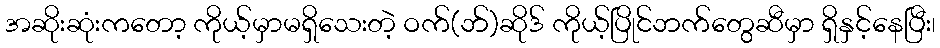
အဆိုးဆုံးကတော့ ကိုယ့်မှာမရှိသေးတဲ့ ဝက်(ဘ်)ဆိုဒ် ကိုယ့်ပြိုင်ဘက်တွေဆီမှာ ရှိနှင့်နေပြီး၊